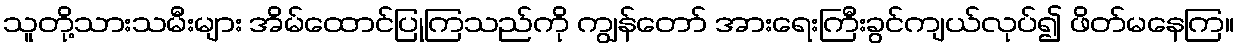
သူတို့သားသမီးများ အိမ်ထောင်ပြုကြသည်ကို ကျွန်တော် အားရေးကြီးခွင်ကျယ်လုပ်၍ ဖိတ်မနေကြ။